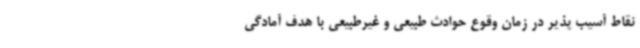
نقاط آسیب پذیر در زمان وقوع حوادث طبیعی و غیرطبیعی با هدف آمادگی